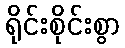
ရိုင်းစိုင်းစွာ